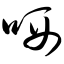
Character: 哂